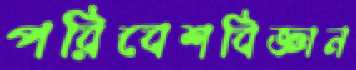
পরিবেশবিজ্ঞান